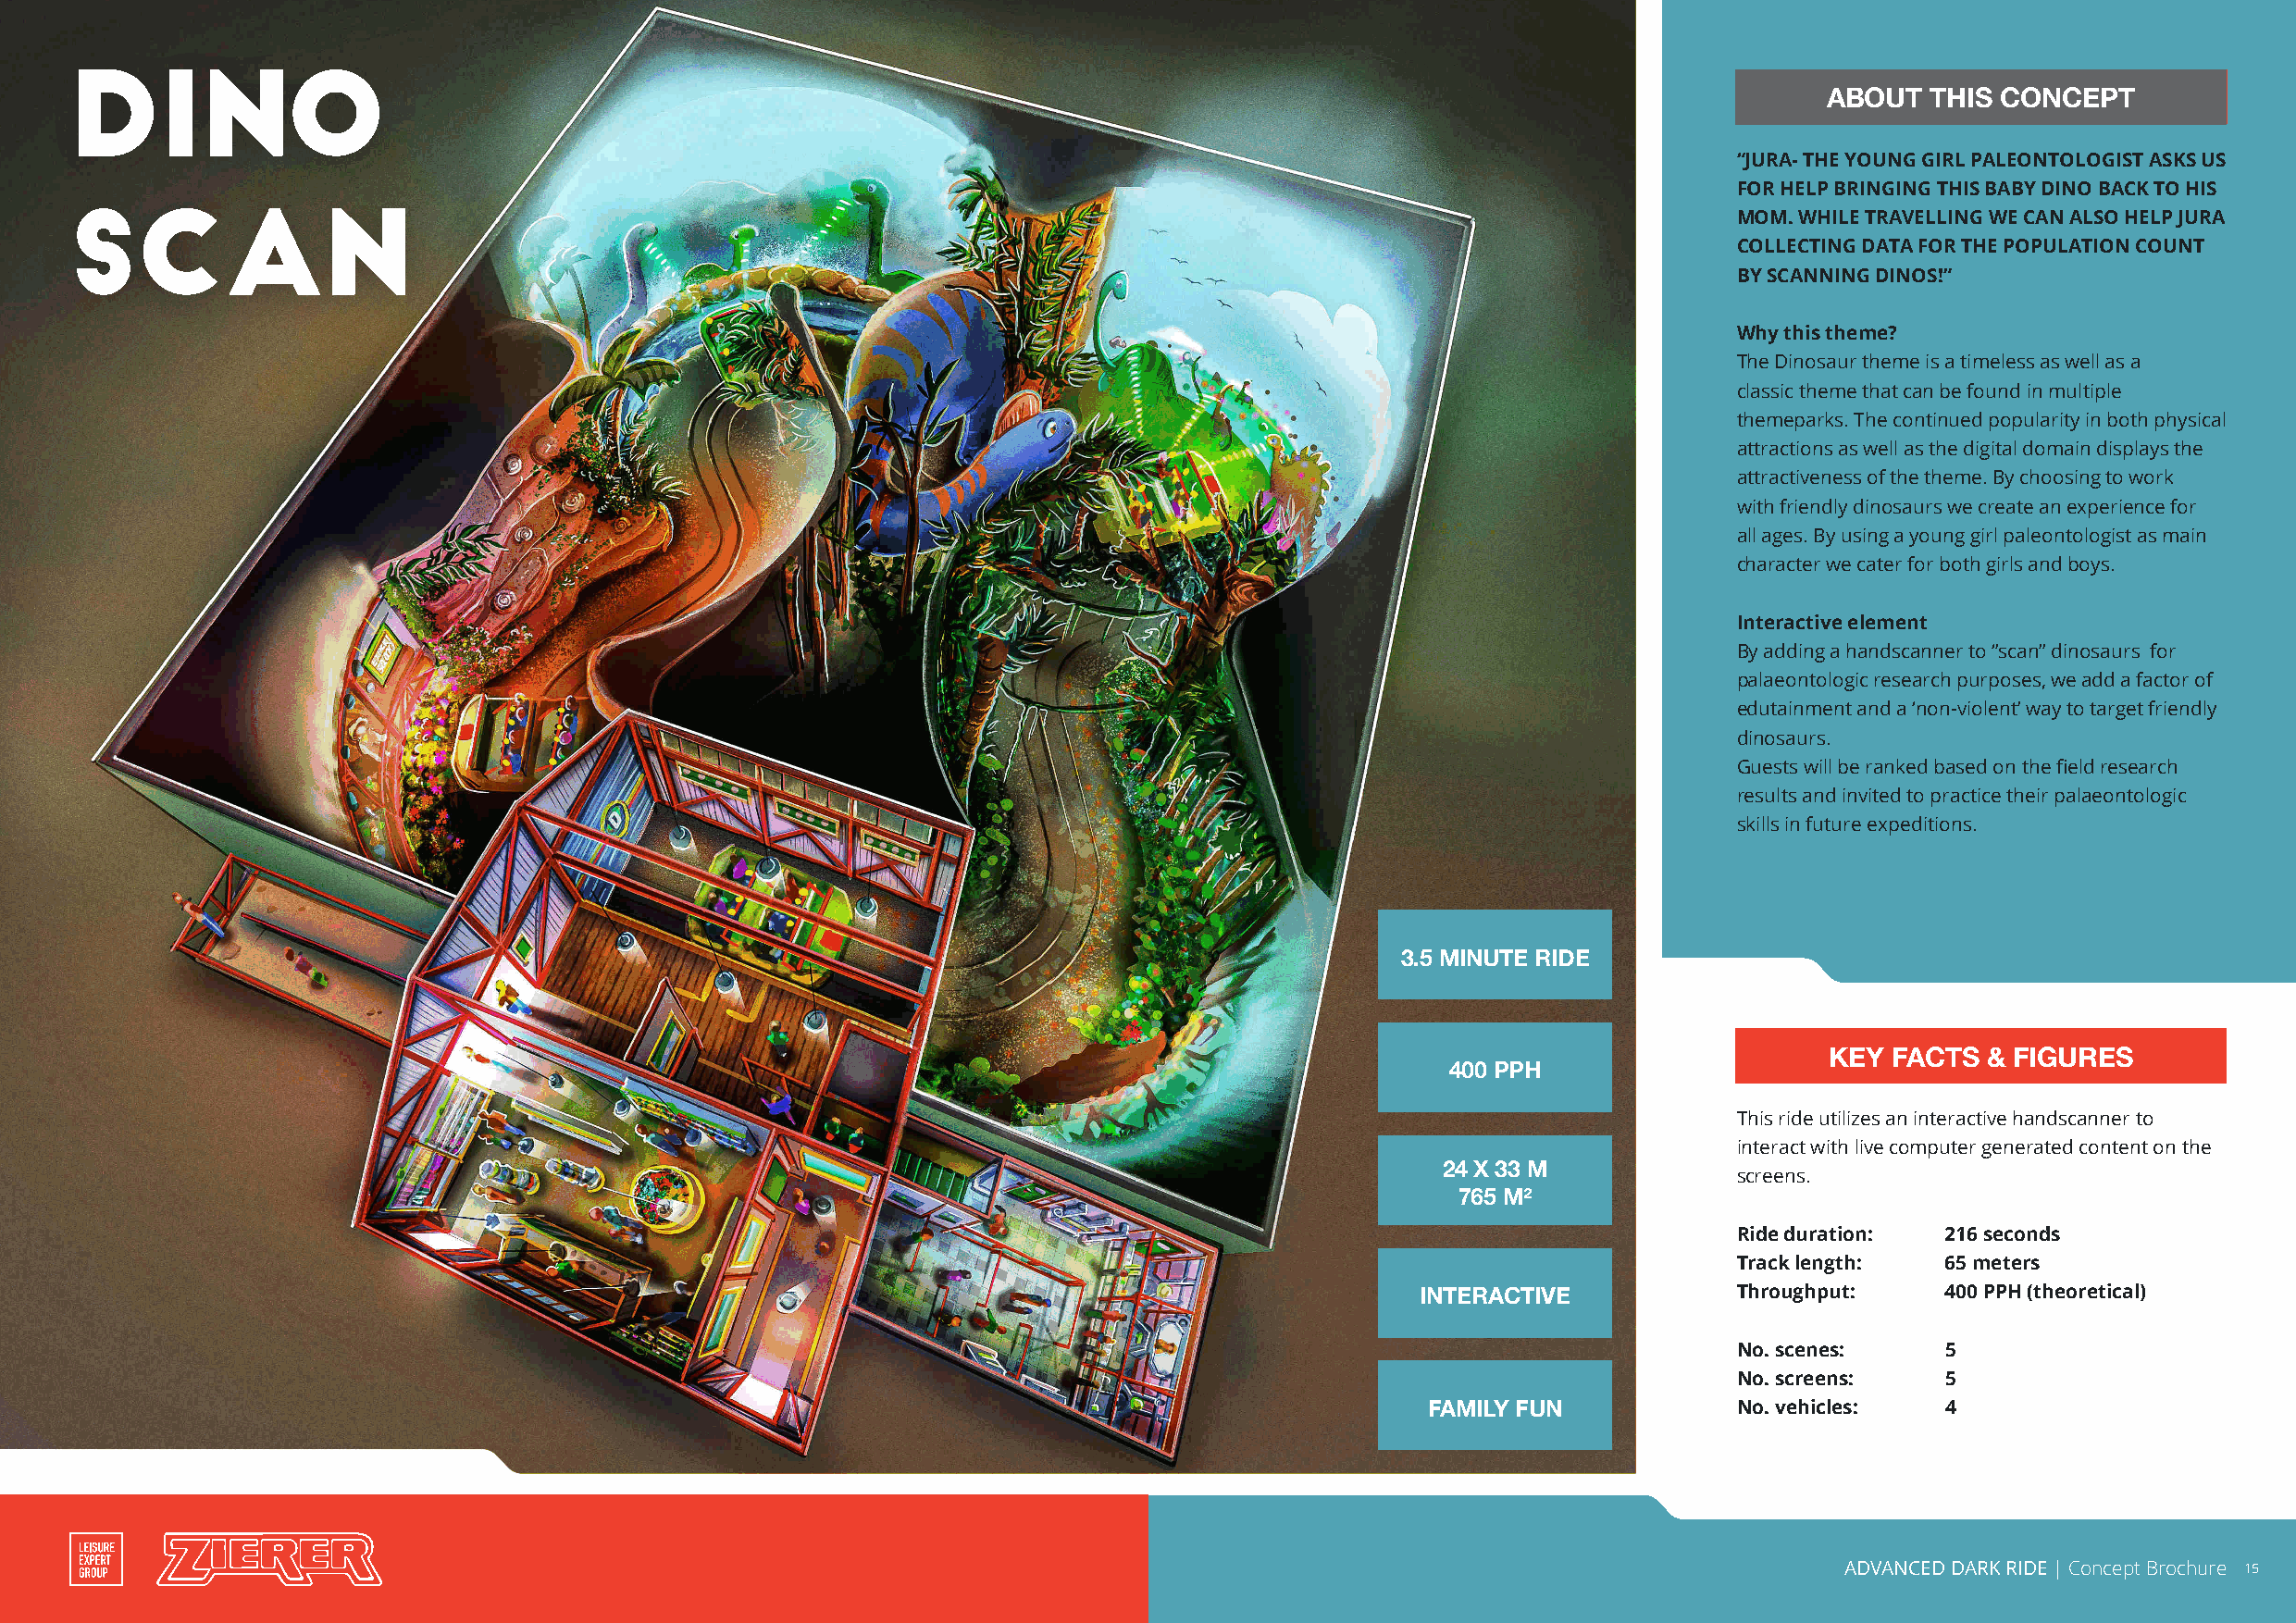
DINO
 AABBOOUUTT TTHHIISS CCOONNCCEEPPTT
 “JURA- THE YOUNG GIRL PALEONTOLOGIST ASKS US
 SCAN                                                                                                                   FOR HELP BRINGING THIS BABY DINO BACK TO HIS
 MOM. WHILE TRAVELLING WE CAN ALSO HELP JURA
 COLLECTING DATA FOR THE POPULATION COUNT
 BY SCANNING DINOS!”
 Why this theme?
 The Dinosaur theme is a timeless as well as a
 classic theme that can be found in multiple
 themeparks. The continued popularity in both physical
 attractions as well as the digital domain displays the
 attractiveness of the theme. By choosing to work
 with friendly dinosaurs we create an experience for
 all ages. By using a young girl paleontologist as main
 character we cater for both girls and boys.
 Interactive element
 By adding a handscanner to ‘’scan’’ dinosaurs for
 palaeontologic research purposes, we add a factor of
 edutainment and a ‘non-violent’ way to target friendly
 dinosaurs.
 Guests will be ranked based on the field research
 results and invited to practice their palaeontologic
 skills in future expeditions.
 3.5 MINUTE RIDE
 KEY FACTS  & FIGURES
 400 PPH
 This ride utilizes an interactive handscanner to
 interact with live computer generated content on the
 24 X 33 M
 screens.
 765 M²
 Ride duration: 216 seconds
 Track length:  65 meters
 INTERACTIVE           Throughput:    400 PPH (theoretical)
 No. scenes:    5
 No. screens:   5
 FAMILY FUN            No. vehicles:  4
 ADVANCED DARK RIDE | Concept Brochure 15